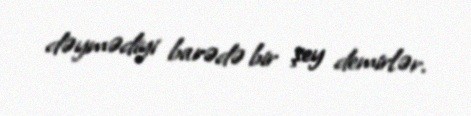
dəymədiyi barədə bir şey demirlər.